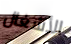
الأشغال